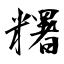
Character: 糬